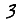
Digit: 3